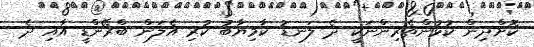
ކޮށްދިން ކުޅުންތެރިންނަކީ ދެ ލަނޑު ކާމިޔާބު ކުރި އެލަން ބްރޭންޑީ އާއި ދެ